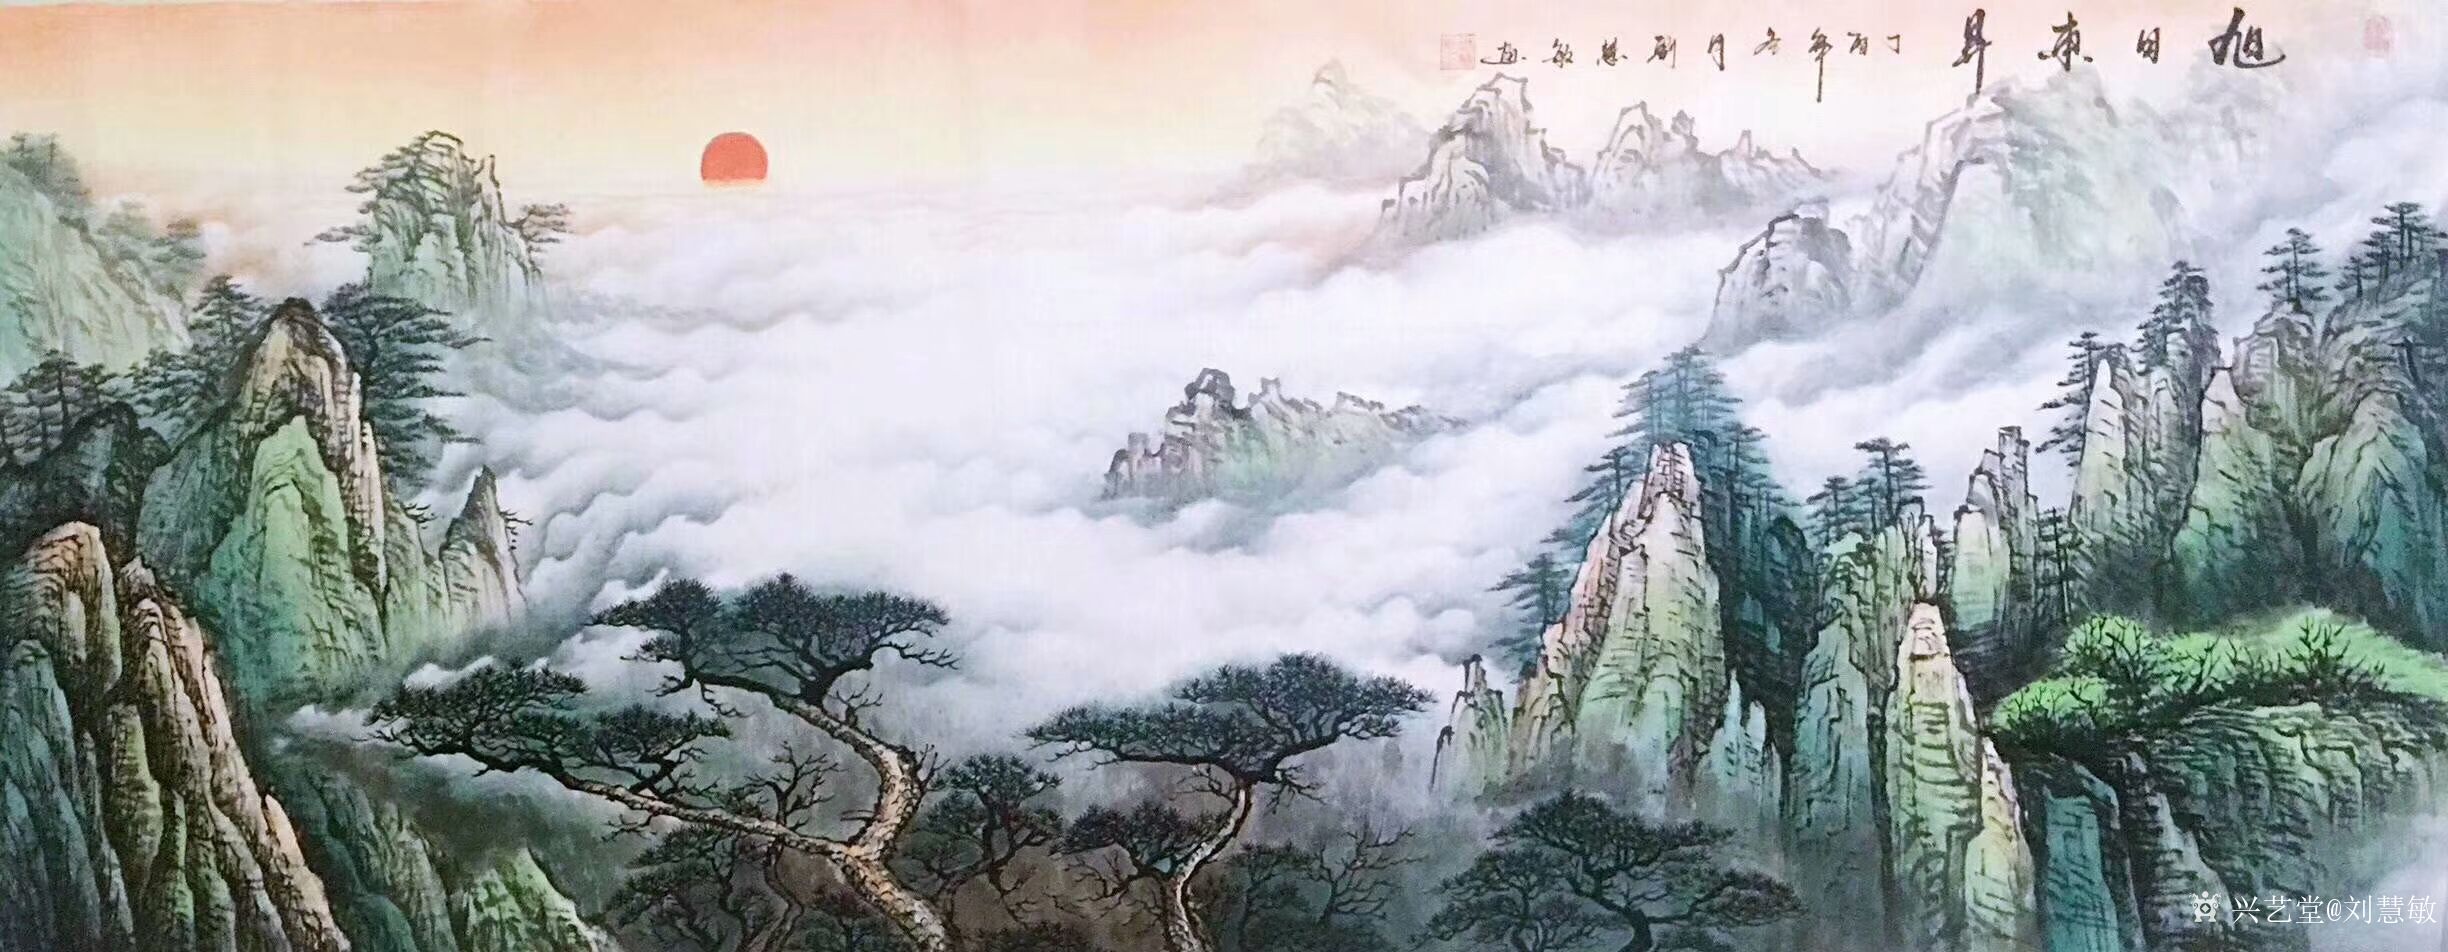
怨别自惊千里外，论交却忆十年时。